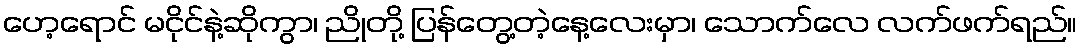
ဟေ့ရောင် မငိုင်နဲ့ဆိုကွာ၊ ညိုတို့ ပြန်တွေ့တဲ့နေ့လေးမှာ၊ သောက်လေ လက်ဖက်ရည်။